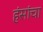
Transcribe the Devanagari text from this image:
हंसांचा